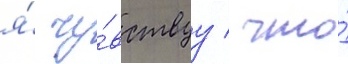
я́ чу́вствуу / что́